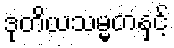
ဒုတိယသမ္မတနှင့်